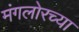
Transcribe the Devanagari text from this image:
मंगलोरच्या